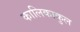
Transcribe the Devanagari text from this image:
कालिकाकुल